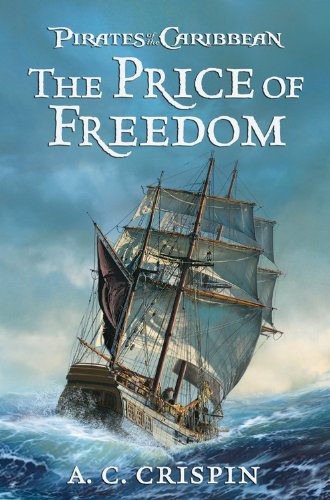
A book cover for The Price of Freedom (Pirates of the Caribbean); A.C. Crispin; Literature & Fiction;